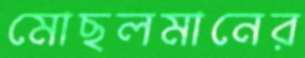
মোছলমানের